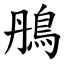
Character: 鴅